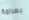
بصرامة